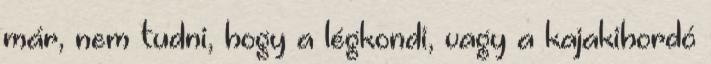
már, nem tudni, hogy a légkondi, vagy a kajakihordó